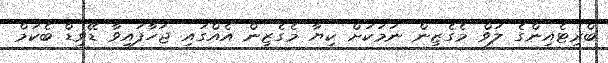
ބްރިޓެއިންގެ ލަވް މެގެޒިން ނަމަކަށް ކިޔާ މެގެޒިން އެއްގައި ޖަހާފައިވާ ޑޭވިޑް ބެކަމް